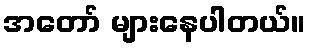
အတော် များနေပါတယ်။